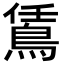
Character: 鵀